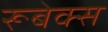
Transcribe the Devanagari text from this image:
रूबेक्स